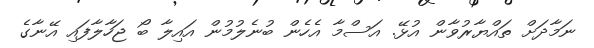
ނަމާދަށް ތައްޔާރުވާން އުޅޭ. އަސްމާ އެހެން ބުނެލުމުން އައިލާ ބޯ ޖަހާލާފައި އޭނާގެ